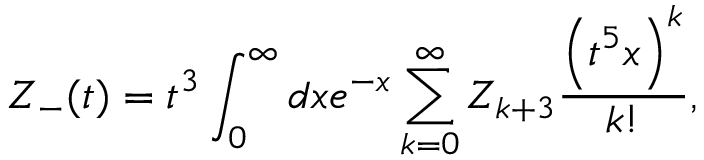
{ \cal Z } _ { - } ( t ) = { t ^ { 3 } } \int _ { 0 } ^ { \infty } d x e ^ { - x } \sum _ { k = 0 } ^ { \infty } { \cal Z } _ { k + 3 } { \frac { \left( t ^ { 5 } x \right) ^ { k } } { k ! } } ,